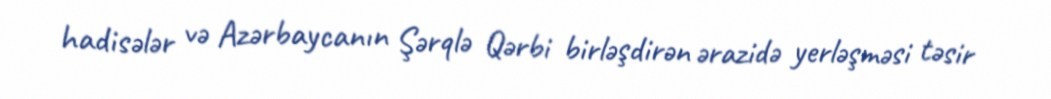
hadisələr və Azərbaycanın Şərqlə Qərbi birləşdirən ərazidə yerləşməsi təsir